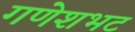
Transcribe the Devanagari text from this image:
गणेशभट